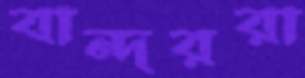
বান্দররা